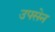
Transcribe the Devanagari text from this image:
उपसेन